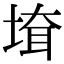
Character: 𡍲